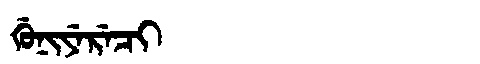
Manchu: ᡤᡠᠨᡳᠶᡝᡵᡝᠴᡳ
Romanization: GUNIYERECI